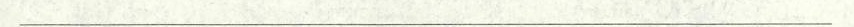
___